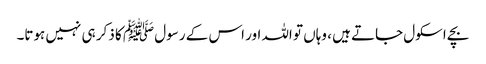
بچے اسکول جاتے ہیں ، وہاں تو اللہ اور اس کے رسول ﷺ کا ذکر ہی نہیں ہوتا۔